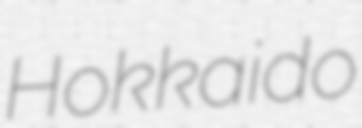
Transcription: Hokkaido